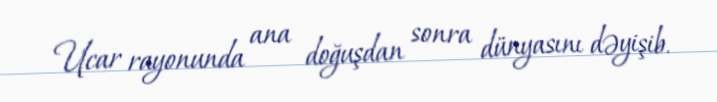
Ucar rayonunda ana doğuşdan sonra dünyasını dəyişib.